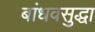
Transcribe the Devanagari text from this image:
बांधवसुद्धा